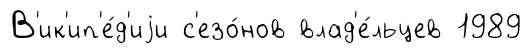
В'ик'ип'е́д'иjи с'езо́нов влад'е́льцев 1989